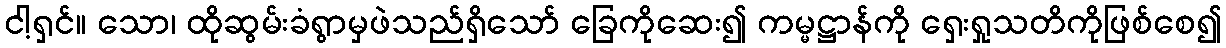
ငါ့ရှင်။ သော၊ ထိုဆွမ်းခံရွာမှဖဲသည်ရှိသော် ခြေကိုဆေး၍ ကမ္မဋ္ဌာန်ကို ရှေးရှုသတိကိုဖြစ်စေ၍